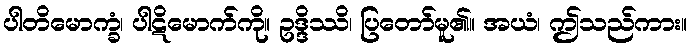
ပါတိမောက္ခံ၊ ပါဋိမောက်ကို။ ဥဒ္ဒိဿိ၊ ပြတော်မူ၏။ အယံ၊ ဤသည်ကား။